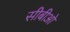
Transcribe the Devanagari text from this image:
सीबीओ